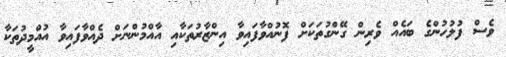
ވެސް ފުލުހުންގެ ބައެއް ވެރިން ގޭންގުތަކަށް ފޮނުއްވާފައިވާ އިންޒާރުތަކާއި އާއްމުންނަށް ދެއްވާފައިވާ އުއްމީދުތަކާ